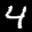
Label: 4